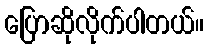
ပြောဆိုလိုက်ပါတယ်။